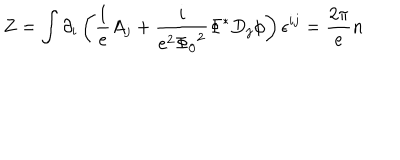
Z = \int \partial _ { i } \left( \frac { 1 } { e } A _ { j } + \frac { i } { e ^ { 2 } { \Phi _ { 0 } } ^ { 2 } } { \Phi } ^ { * } D _ { j } \phi \right) \epsilon ^ { i j } = \frac { 2 \pi } { e } n